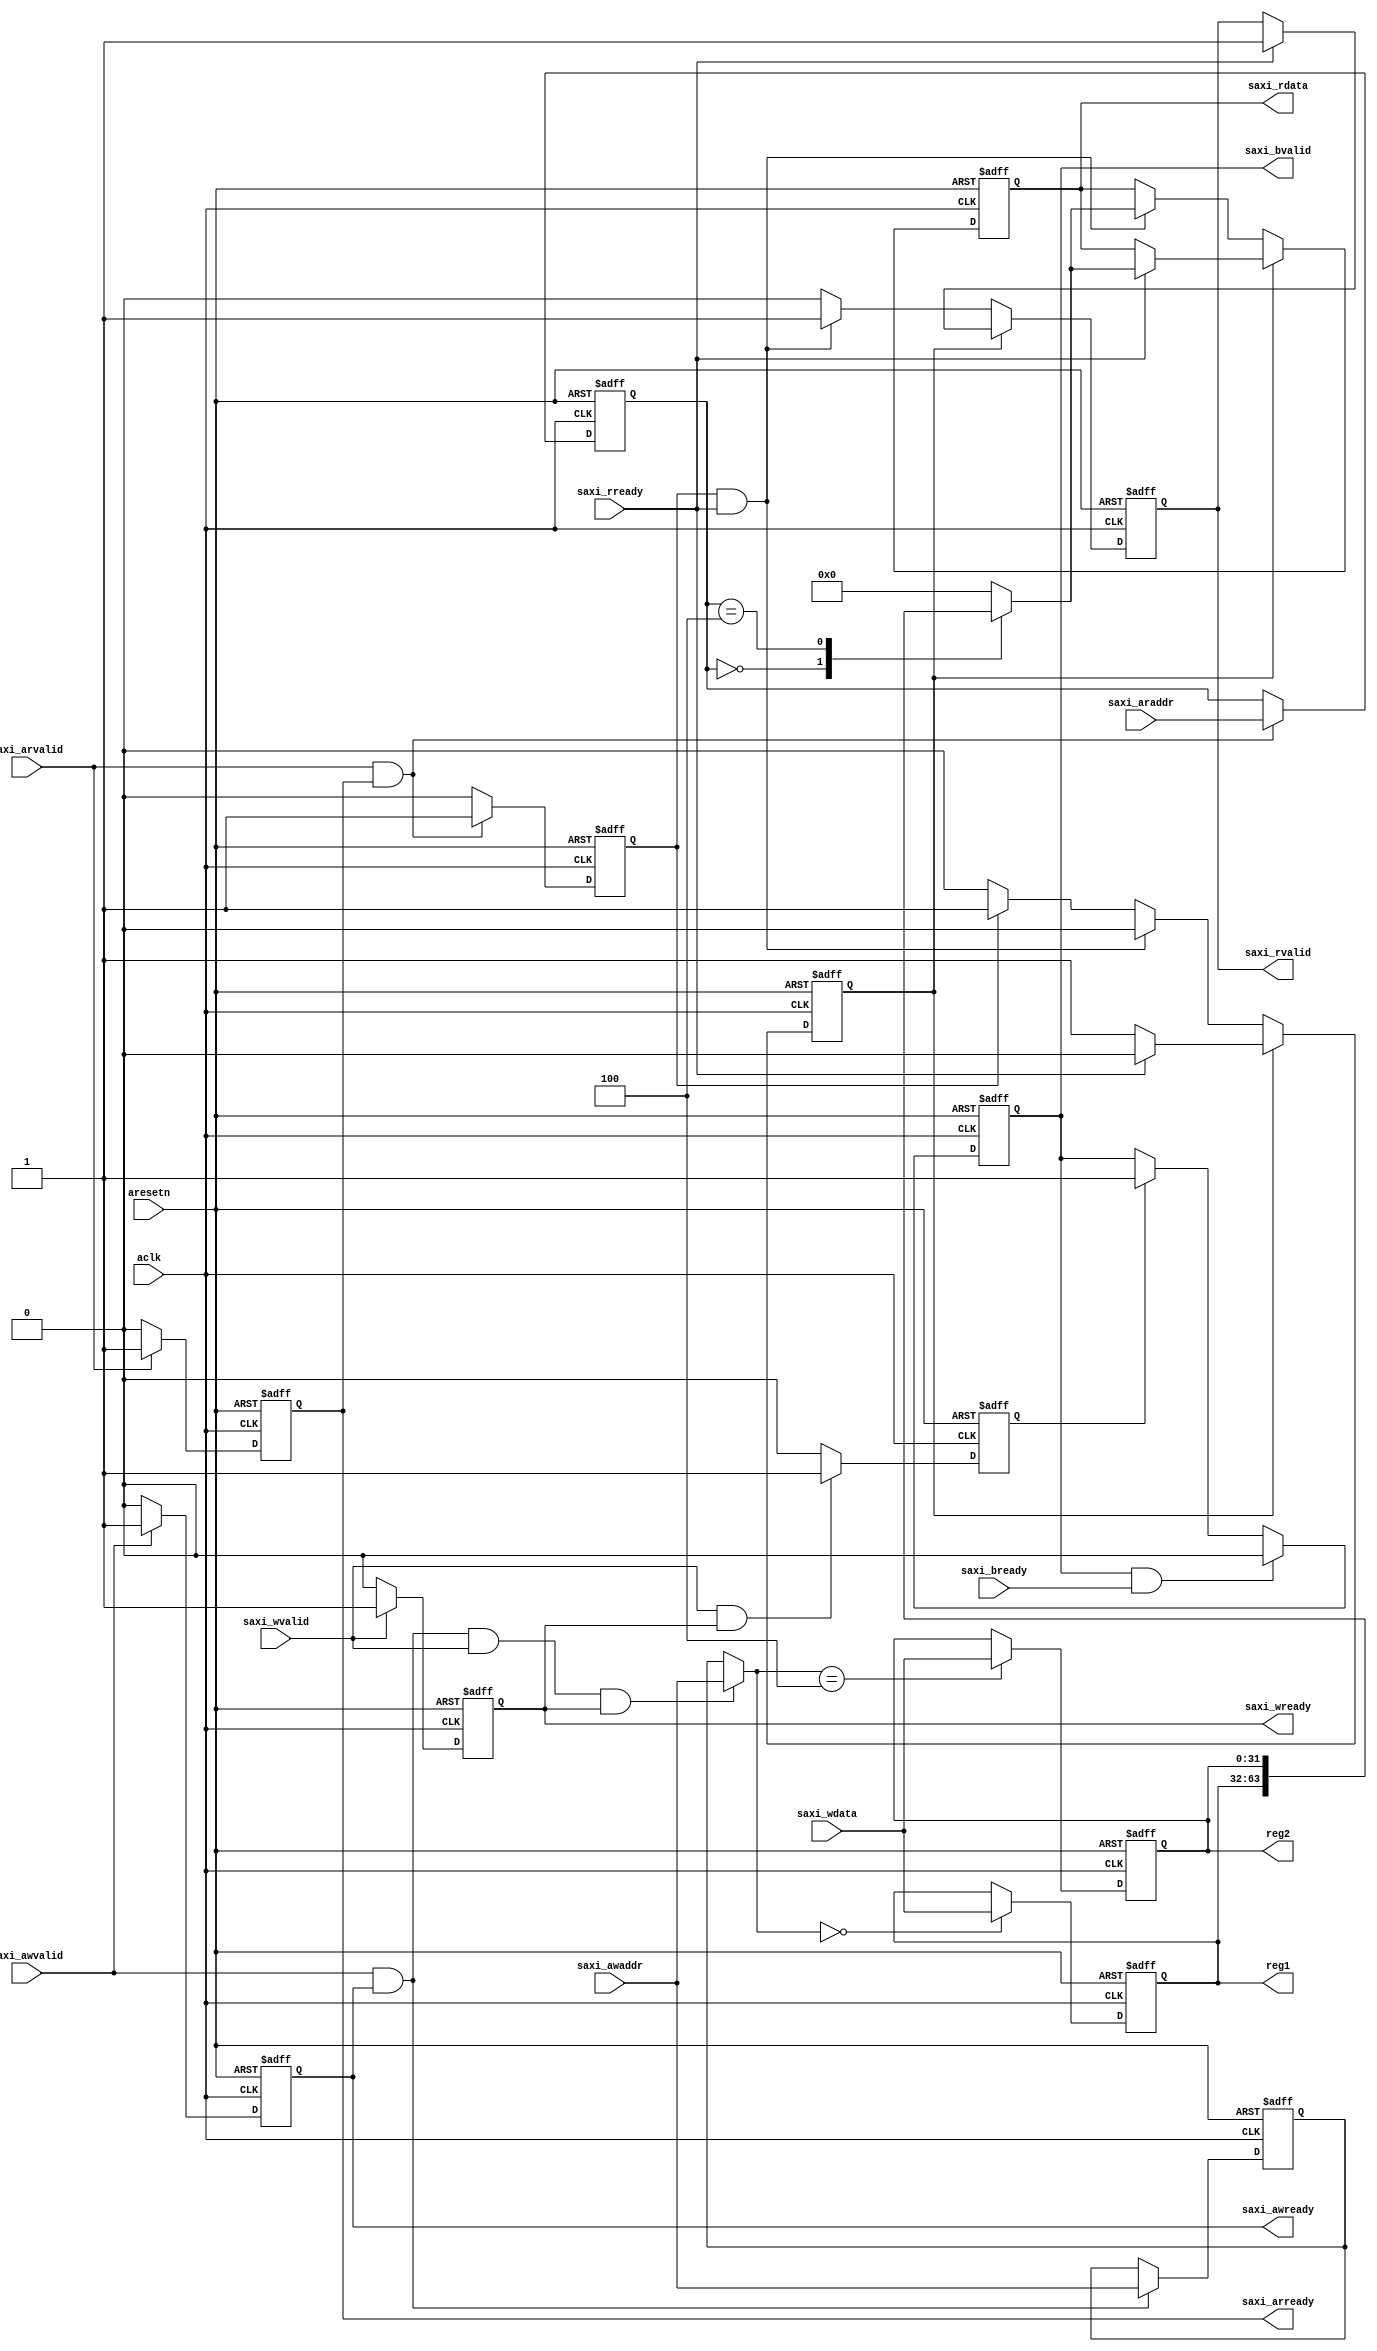

module axi_lite_controller
#
(
    parameter AXI_ADDERSS_WIDTH = 5,
    parameter AXI_DATA_WIDTH	= 32
)
(
    // clock & reset
    input                               aclk,
    input                               aresetn,

    // AXI write address channel
    input   [AXI_ADDERSS_WIDTH-1 : 0]   saxi_awaddr,
    input                               saxi_awvalid,
    output  reg                         saxi_awready,

    // AXI read address channel
    input   [AXI_ADDERSS_WIDTH-1 : 0]   saxi_araddr,
    input                               saxi_arvalid,
    output  reg                         saxi_arready,

    // AXI write data channel
    input   [AXI_DATA_WIDTH-1 : 0]      saxi_wdata,
    input                               saxi_wvalid,
    output  reg                         saxi_wready,

    // AXI read data channel
    output  reg [AXI_DATA_WIDTH-1 : 0]  saxi_rdata,
    output  reg                         saxi_rvalid,
    input                               saxi_rready,

    // AXI write response channel
    output  reg                         saxi_bvalid,
    input                               saxi_bready,

    // register
    output  [AXI_DATA_WIDTH-1 : 0]      reg1,
    output  [AXI_DATA_WIDTH-1 : 0]      reg2

);

    // register table
    // | address | name | func |
    // | 0x000   | reg1 |      |
    // | 0x004   | reg2 |      |
    //  reg 32  4 

    reg [AXI_DATA_WIDTH-1 : 0]  reg1_reg;
    reg [AXI_DATA_WIDTH-1 : 0]  reg2_reg;

    assign reg1 = reg1_reg;
    assign reg2 = reg2_reg;

    // AXI write address channel
    // ------------------------------------------------------
    // 
    always @(posedge aclk or negedge aresetn) begin
        if (~aresetn) saxi_awready <= 1'b0;
        else begin
            if (saxi_awvalid) saxi_awready <= 1'b1;
            else saxi_awready <= 1'b0;
        end
    end

    // saxi_awaddr -> saxi_awaddr_buffer
    reg [AXI_ADDERSS_WIDTH-1 : 0]  saxi_awaddr_buffer;
    always @(posedge aclk or negedge aresetn) begin
        if (~aresetn) saxi_awaddr_buffer <= 'b0;
        else begin
            if (saxi_awvalid & saxi_awready) saxi_awaddr_buffer <= saxi_awaddr;
            else saxi_awaddr_buffer <= saxi_awaddr_buffer;
        end
    end
    // -----------------------------------------------------


    // AXI write data channel
    // ------------------------------------------------------
    // 
    always @(posedge aclk or negedge aresetn) begin
        if (~aresetn) saxi_wready <= 1'b0;
        else begin
            if (saxi_wvalid) saxi_wready <= 1'b1;
            else saxi_wready <= 1'b0;
        end
    end

    // real address to write
    // data    -> address -> write or
    // address -> data    -> write
    reg [AXI_ADDERSS_WIDTH-1 : 0]  axi_waddr;
    always @(*) begin
        if (saxi_awvalid & saxi_awready & saxi_wvalid & saxi_wready) axi_waddr <= saxi_awaddr;
        else axi_waddr <= saxi_awaddr_buffer;
    end

    // data -> register
    always @(posedge aclk or negedge aresetn) begin
        if (~aresetn) begin
            reg1_reg <= 'b0;
            reg2_reg <= 'b0;
        end
        else begin
            case (axi_waddr)
                'h00: reg1_reg <= saxi_wdata;
                'h04: reg2_reg <= saxi_wdata;
                default: begin
                    reg1_reg <= reg1_reg;
                    reg2_reg <= reg2_reg;
                end
            endcase
        end
    end
    // -----------------------------------------------------


    // AXI response request channel
    // ------------------------------------------------------
    reg axi_need_resp;
    always @(posedge aclk or negedge aresetn) begin
        if (~aresetn) axi_need_resp <= 1'b0;
        else begin
            if (saxi_wvalid & saxi_wready) axi_need_resp <= 1'b1;
            else axi_need_resp <= 1'b0;
        end
    end

    // output
    always @(posedge aclk or negedge aresetn) begin
        if (~aresetn) saxi_bvalid <= 1'b0;
        else begin
            if (axi_need_resp) saxi_bvalid <= 1'b1;
            if (saxi_bvalid & saxi_bready) saxi_bvalid <= 1'b0;
        end
    end
    // -----------------------------------------------------


    // AXI read address channel
    // ------------------------------------------------------
    // 
    always @(posedge aclk or negedge aresetn) begin
        if (~aresetn) saxi_arready <= 1'b0;
        else begin
            if (saxi_arvalid) saxi_arready <= 1'b1;
            else saxi_arready <= 1'b0;
        end
    end

    // axi_raddr -> saxi_araddr
    reg [AXI_ADDERSS_WIDTH-1 : 0]  axi_raddr;
    reg axi_need_read;
    always @(posedge aclk or negedge aresetn) begin
        if (~aresetn) begin
            axi_raddr     <= 'b0;
            axi_need_read <= 1'b0;
        end
        else begin
            if (saxi_arvalid & saxi_arready) begin
                axi_raddr     <= saxi_araddr;
                axi_need_read <= 1'b1;
            end
            else begin
                axi_raddr     <= axi_raddr;
                axi_need_read <= 1'b0;
            end
        end
    end
    // -----------------------------------------------------


    // AXI read data channel
    // -----------------------------------------------------
    // data register -> axi_data_to_read
    reg [AXI_DATA_WIDTH-1 : 0] axi_data_to_read; //data_temp
    always @(*) begin
        case (axi_raddr)
            'h00: axi_data_to_read <= reg1_reg;
            'h04: axi_data_to_read <= reg2_reg;
            default: axi_data_to_read <= 'b0;
        endcase
    end

    // axi_data_to_read -> output
    reg axi_wait_for_read;
    always @(posedge aclk or negedge aresetn) begin
        if (~aresetn) begin
            saxi_rvalid       <= 1'b0;
            saxi_rdata        <= 'b0;
            axi_wait_for_read <= 1'b0;
        end
        else begin
            if (axi_wait_for_read) begin
                if (saxi_rready) begin
                    // address first
                    // wait for host receive
                    axi_wait_for_read <= 1'b0;
                    saxi_rdata        <= axi_data_to_read;
                    saxi_rvalid       <= 1'b1;
                end
                else axi_wait_for_read <= axi_wait_for_read;
            end
            else begin
                if (axi_need_read & saxi_rready) begin
                    // address and receive together
                    saxi_rdata  <= axi_data_to_read;
                    saxi_rvalid <= 1'b1;
                end
                else if (axi_need_read) begin
                    // address first, host no receive
                    axi_wait_for_read <= 1'b1;
                    saxi_rvalid       <= 1'b0;
                end
                else saxi_rvalid      <= 1'b0;
            end
        end
    end

    // -----------------------------------------------------

endmodule